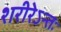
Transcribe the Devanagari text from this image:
शरीरेऽन्तः